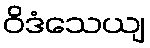
ဝိဒံသေယျ